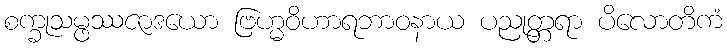
စက္ခုသမ္ဖဿဇာဒယော ဗြဟ္မဝိဟာရဘာဝနာယ ပညုတ္တရာ ပိလောတိကံ